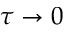
\tau \to 0